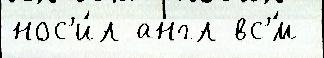
нос'и́л англ вс'́м